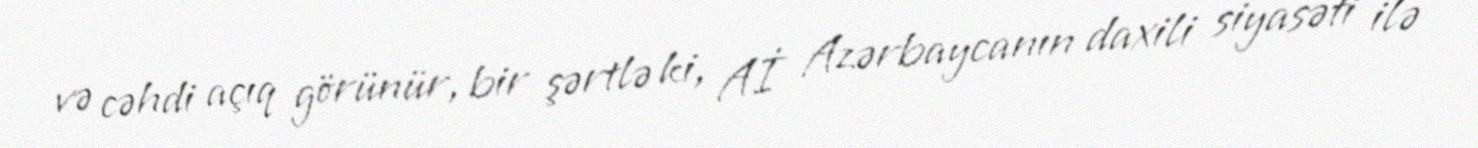
və cəhdi açıq görünür, bir şərtlə ki, Aİ Azərbaycanın daxili siyasəti ilə